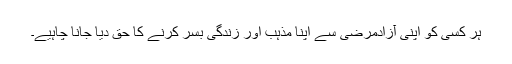
ہر کسی کو اپنی آزادمرضی سے اپنا مذہب اور زندگی بسر کرنے کا حق دیا جانا چاہیے۔